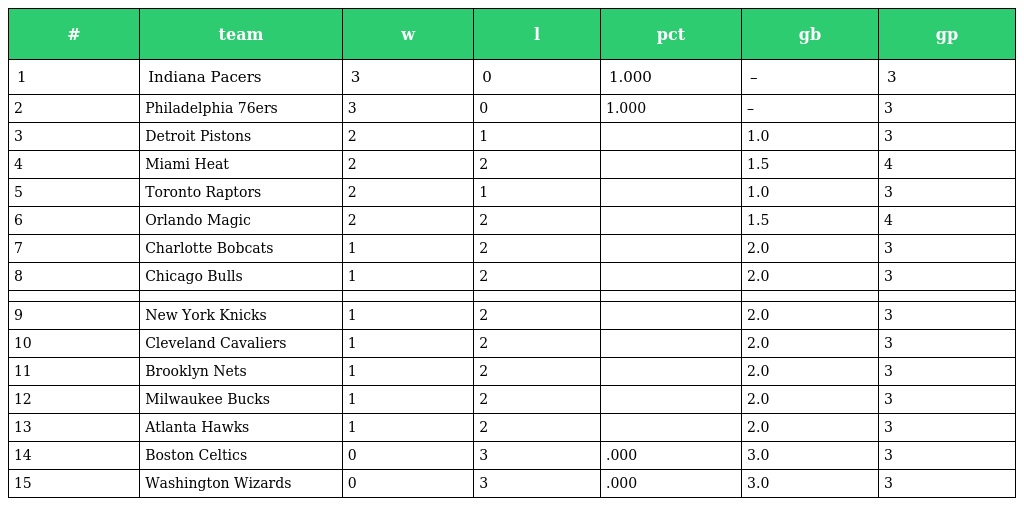
| # | team | w | l | pct | gb | gp |
 | --- | --- | --- | --- | --- | --- | --- |
 | 1 | Indiana Pacers | 3 | 0 | 1.000 | – | 3 |
 | 2 | Philadelphia 76ers | 3 | 0 | 1.000 | – | 3 |
 | 3 | Detroit Pistons | 2 | 1 |  | 1.0 | 3 |
 | 4 | Miami Heat | 2 | 2 |  | 1.5 | 4 |
 | 5 | Toronto Raptors | 2 | 1 |  | 1.0 | 3 |
 | 6 | Orlando Magic | 2 | 2 |  | 1.5 | 4 |
 | 7 | Charlotte Bobcats | 1 | 2 |  | 2.0 | 3 |
 | 8 | Chicago Bulls | 1 | 2 |  | 2.0 | 3 |
 |  |  |  |  |  |  |  |
 | 9 | New York Knicks | 1 | 2 |  | 2.0 | 3 |
 | 10 | Cleveland Cavaliers | 1 | 2 |  | 2.0 | 3 |
 | 11 | Brooklyn Nets | 1 | 2 |  | 2.0 | 3 |
 | 12 | Milwaukee Bucks | 1 | 2 |  | 2.0 | 3 |
 | 13 | Atlanta Hawks | 1 | 2 |  | 2.0 | 3 |
 | 14 | Boston Celtics | 0 | 3 | .000 | 3.0 | 3 |
 | 15 | Washington Wizards | 0 | 3 | .000 | 3.0 | 3 |